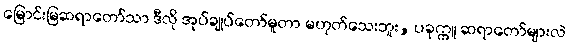
မြောင်းမြဆရာတော်သာ ဒီလို အုပ်ချုပ်တော်မူတာ မဟုတ်သေးဘူး, ပခုက္ကူ ဆရာတော်များလဲ